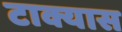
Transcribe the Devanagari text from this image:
टाक्यास